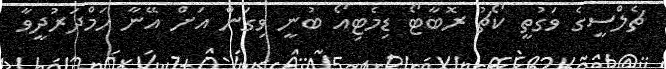
ޗެލްސީގެ ވަގުތީ ކޯޗު ރޮބާޓޯ ޑިމެޓިއޯ ބުނީ ވިގަން އަށް އޭނާ ހަމްދަރުދީވާ